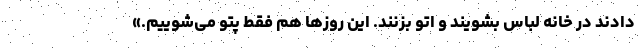
دادند در خانه لباس بشویند و اتو بزنند. این روزها هم فقط پتو می‌شوییم.»